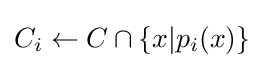
C_{i}\leftarrow C\cap \{x|p_{i}(x)\}